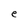
Character: e